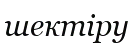
шектіру